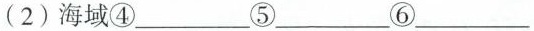
(2)海域④___⑤___⑥___